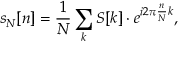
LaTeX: s _ { N } [ n ] = { \frac { 1 } { N } } \sum _ { k } S [ k ] \cdot e ^ { i 2 \pi { \frac { n } { N } } k } ,